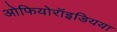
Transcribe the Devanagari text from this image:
ओफियोरॉइडियया